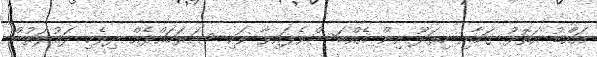
އައްޑު އަތޮޅު ގަމާއި ހިތަދޫ އިން އެއްބަސްވެފައިވާ ވަކި ސަރަހައްދެއް ދިވެހި ދައުލަތުން